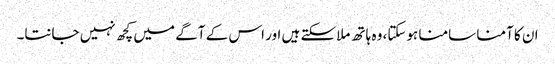
ان کا آمنا سامنا ہوسکتا، وہ ہاتھ ملاسکتے ہیں اور اس کے آگے میں کچھ نہیں جانتا۔